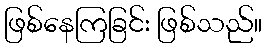
ဖြစ်နေကြခြင်း ဖြစ်သည်။